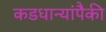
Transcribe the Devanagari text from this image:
कडधान्यांपैकी